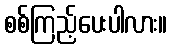
စစ်ကြည့်ပေးပါလား။